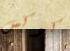
كوكس